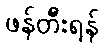
ဖန်တီးရန်